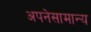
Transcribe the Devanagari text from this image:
अपनेसामान्य